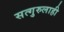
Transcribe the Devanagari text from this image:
सत्गुरुलाही